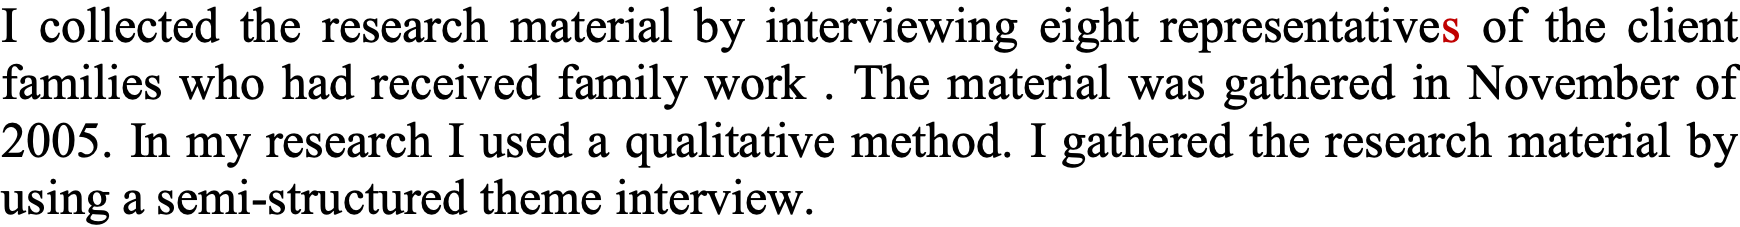
I collected the research material by interviewing eight representatives of the client families who had received family work . The material was gathered in November of 2005. In my research I used a qualitative method. I gathered the research material by using a semi-structured theme interview.